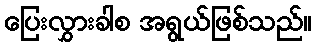
ပြေးလွှားခါစ အရွယ်ဖြစ်သည်။